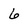
Character: 6